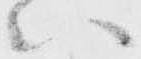
い